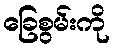
ခြေစွမ်းကို